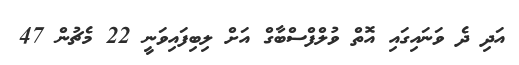
އަދި ދެ ވަނައިގައި އޮތް ވުލްފްސްބާގް އަށް ލިބިފައިވަނީ 22 މެޗުން 47